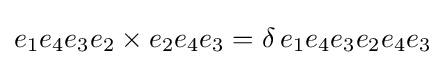
e_{1}e_{4}e_{3}e_{2}\times e_{2}e_{4}e_{3}=\delta \,e_{1}e_{4}e_{3}e_{2}e_{4}e_{3}